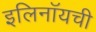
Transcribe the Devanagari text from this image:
इलिनॉयची